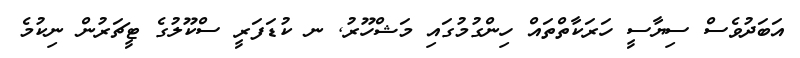
އަބަދުވެސް ސިޔާސީ ހަރަކާތްތައް ހިންގުމުގައި މަޝްހޫރު